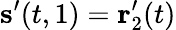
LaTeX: \mathbf{s}^{\prime}(t,1)=\mathbf{r}_{2}^{\prime}(t)